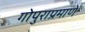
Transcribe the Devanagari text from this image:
गोपुराप्रमाणे